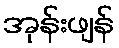
အုန်းဖျန်